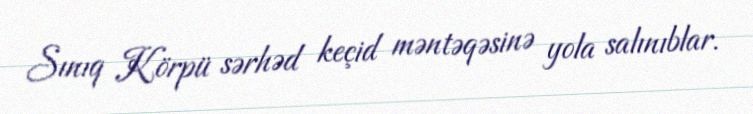
Sınıq Körpü sərhəd keçid məntəqəsinə yola salınıblar.